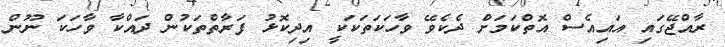
ރާއްޖޭގައި އައިއެސް އޮތްކަމަށް ދެކެވޭ ވާހަކަތަކަކީ އިދިކޮޅު ފަރާތްތަކުން ދައްކާ ވާހަކަ ނޫން